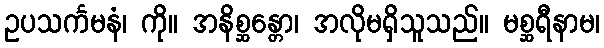
ဥပသင်္ကမနံ၊ ကို။ အနိစ္ဆန္တော၊ အလိုမရှိသူသည်။ မစ္ဆရီနာမ၊